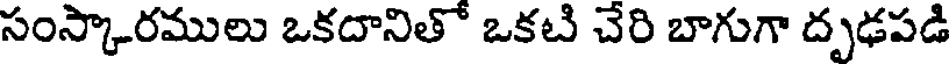
సంస్కారములు ఒకదానితో ఒకటి చేరి బాగుగా దృఢపడి